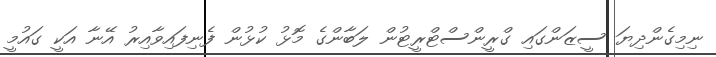
ނިމިގެންދިޔަ ސީޒަންގައި ގްރީންސްޓްރީޓުން ލަބާންގެ މޮޅު ކުޅުން ފެނިފައިވާއިރު އޭނާ އަކީ ގައުމީ